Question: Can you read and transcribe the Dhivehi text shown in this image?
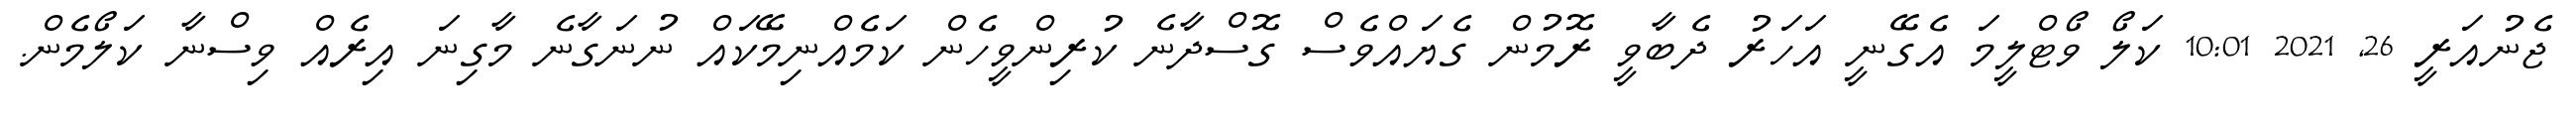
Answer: ޖެނުއަރީ 26, 2021 10:01 ކަލޯ ވޯޓްލީމަ އެގޭނީ އަހަރު ދެބާވީ ރޮމުން ގެޔައްވެސް ގޮސްދާނެ ކުރިންވީހެން ކަމެއްނިމޭކައް ނުނަގާނެ މާގިނަ އިރެއް ވިސްނާ ކަލޯމެން.